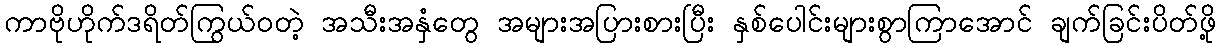
ကာဗိုဟိုက်ဒရိတ်ကြွယ်ဝတဲ့ အသီးအနှံတွေ အများအပြားစားပြီး နှစ်ပေါင်းများစွာကြာအောင် ချက်ခြင်းပိတ်ဖို့